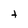
Character: t